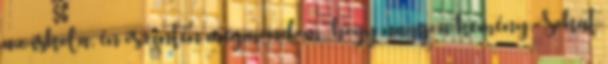
az iskola, én őszintén megmondom, hogy nagyon kemény. Sokat